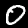
Digit: 0